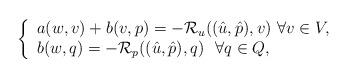
LaTeX: \begin{align*}\left\{\begin{array}{l}a(w,v)+b(v,p)=-\mathcal{R}_u((\hat{u},\hat{p}),v)~\forall v\in V,\\ b(w,q)=- \mathcal{R}_p((\hat{u},\hat{p}),q)~~\forall q\in Q,\end{array}\right.\end{align*}